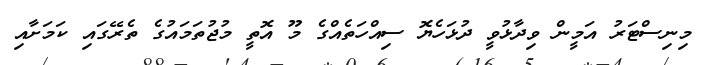
މިނިސްޓަރު އަމީން ވިދާޅުވީ ދުޅަހެޔޮ ސިއްހަތެއްގެ މޫ އޮތީ މުޖުތަމައުގެ ތެރޭގައި ކަމަށާއި